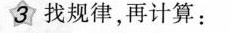
3找规律，再计算：